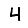
Digit: 4